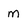
Character: m